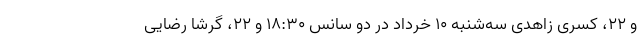
و ۲۲، کسری زاهدی سه‌شنبه ۱۰ خرداد در دو سانس ۱۸:۳۰ و ۲۲، گرشا رضایی